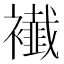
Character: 𧞬